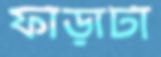
ফাঁড়াটা